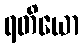
ရတိယော